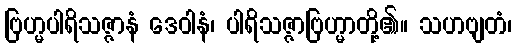
ဗြဟ္မပါရိသဇ္ဇာနံ ဒေဝါနံ၊ ပါရိသဇ္ဇာဗြဟ္မာတို့၏။ သဟဗျတံ၊